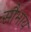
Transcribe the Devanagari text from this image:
सौभाय